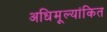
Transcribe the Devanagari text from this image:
अधिमूल्यांकित